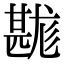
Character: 𤯉